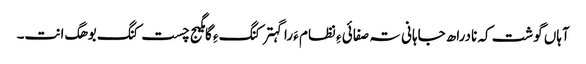
آہاں گوشت کہ نادراھ جاہانی تہ صفائی ءِ نظام ءَ را گہتر کنگ ءِ گامگیج چست کنگ بوھگ انت۔